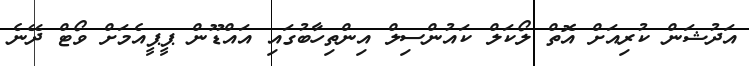
އަދުޝަން ކުރިއަށް އޮތް ލޯކަލް ކައުންސިލް އިންތިހާބުގައި އައްޑޫން ޕީޕީއެމަށް ވޯޓް ދޭނެ